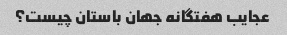
عجایب هفتگانه جهان باستان چیست؟